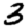
Digit: 3